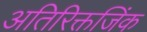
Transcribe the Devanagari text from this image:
अतिरिक्तजिंक